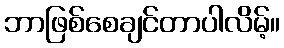
ဘာဖြစ်စေချင်တာပါလိမ့်။